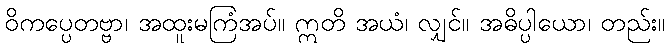
ဝိကပ္ပေတဗ္ဗာ၊ အထူးမကြံအပ်။ ဣတိ အယံ၊ လျှင်။ အဓိပ္ပါယော၊ တည်း။